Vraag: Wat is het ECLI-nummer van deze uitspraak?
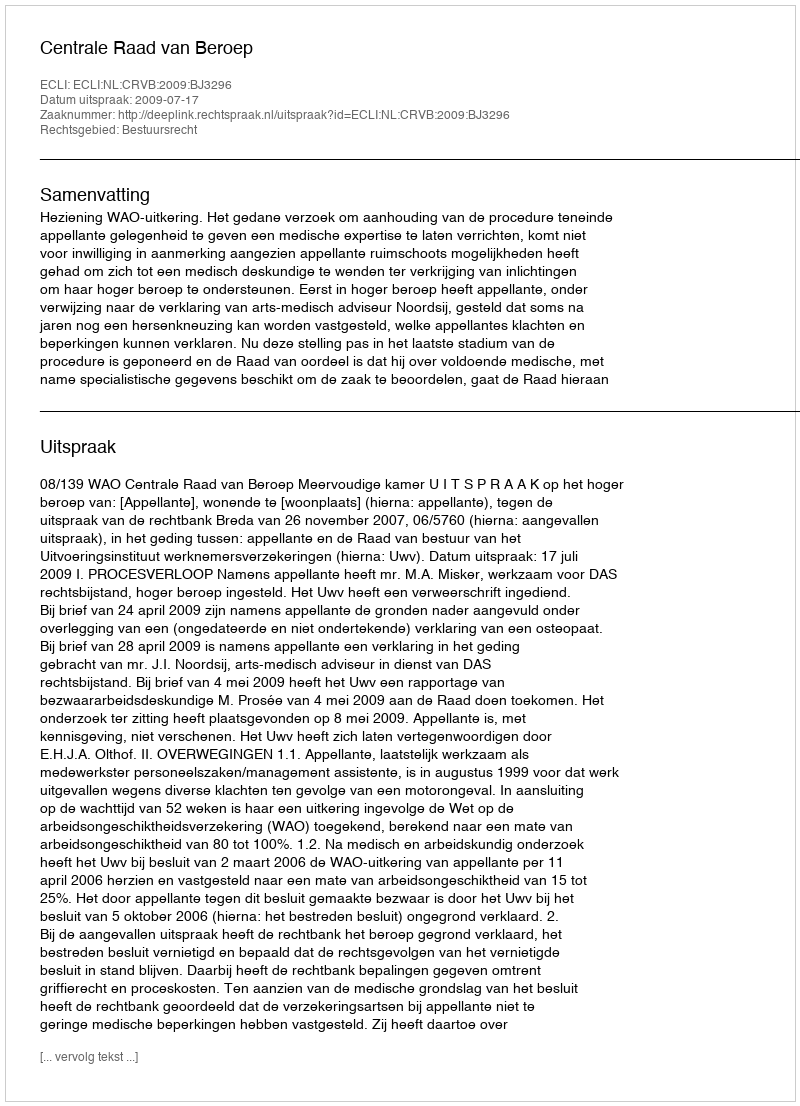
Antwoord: ECLI:NL:CRVB:2009:BJ3296